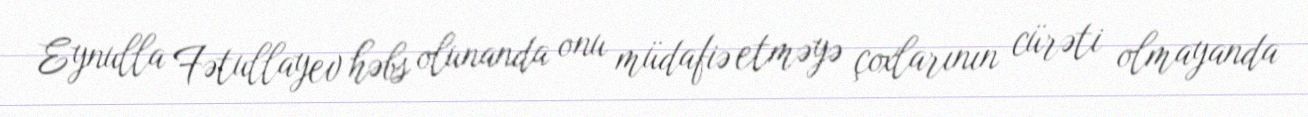
Eynulla Fətullayev həbs olunanda onu müdafiə etməyə çoxlarının cürəti olmayanda